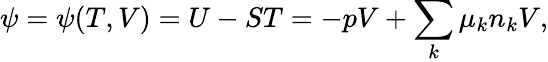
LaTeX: \psi=\psi(T,V)=U-ST=-pV+\sum_{k}\mu_{k}n_{k}V,